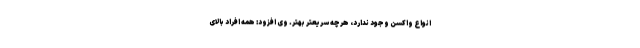
انواع واکسن وجود ندارد، هرچه سریعتر بهتر. وی افزود: همه افراد بالای